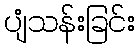
ပျံသန်းခြင်း